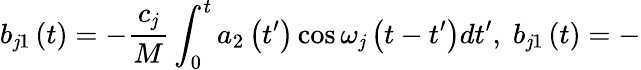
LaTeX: b_{\mathit{j}1}\left(t\right)=-\frac{{c_{\mathit{j}}}}{M}\int_{0}^{t}a_{2}\left(t^{\prime}\right)\cos\omega_{\mathit{j}}\left(t-t^{\prime}\right)dt^{\prime},\; b_{\mathit{j}1}\left(t\right)=-